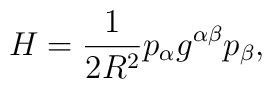
H = \frac {1}{2R^2} p_\alpha g^{\alpha\beta}p_\beta,